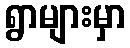
ရွာများမှာ